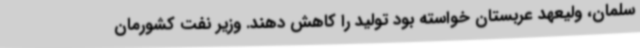
سلمان، ولیعهد عربستان خواسته بود تولید را کاهش دهند. وزیر نفت کشورمان